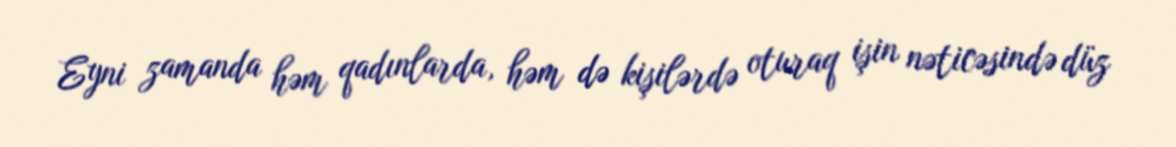
Eyni zamanda həm qadınlarda, həm də kişilərdə oturaq işin nəticəsində düz